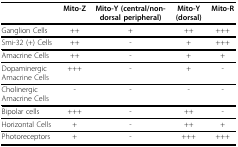
<table><thead><tr><td></td><td><b>Mito-Z</b></td><td><b>Mito-Y (central/non-dorsal peripheral)</b></td><td><b>Mito-Y (dorsal)</b></td><td><b>Mito-R</b></td></tr></thead><tbody><tr><td>Ganglion Cells</td><td>++</td><td>+</td><td>++</td><td>+++</td></tr><tr><td>Smi-32 (+) Cells</td><td>++</td><td>-</td><td>+</td><td>+++</td></tr><tr><td>Amacrine Cells</td><td>++</td><td>-</td><td>+</td><td>+</td></tr><tr><td>Dopaminergic Amacrine Cells</td><td>+++</td><td>-</td><td>+</td><td>-</td></tr><tr><td>Cholinergic Amacrine Cells</td><td>-</td><td>-</td><td>-</td><td>-</td></tr><tr><td>Bipolar cells</td><td>+++</td><td>-</td><td>++</td><td>-</td></tr><tr><td>Horizontal Cells</td><td>+</td><td>-</td><td>++</td><td>+</td></tr><tr><td>Photoreceptors</td><td>+</td><td>-</td><td>+++</td><td>+++</td></tr></tbody></table>